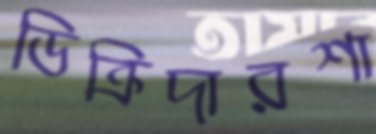
ডিক্রিদারশা